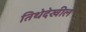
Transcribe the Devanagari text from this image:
तिथेदेखील